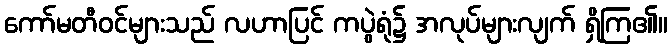
ကော်မတီဝင်များသည် လဟာပြင် ကပွဲရုံ၌ အလုပ်များလျက် ရှိကြ၏။